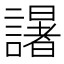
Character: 𮘼